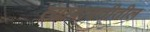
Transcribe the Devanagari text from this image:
त्याबाबतीतील